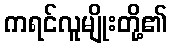
ကရင်လူမျိုးတို့၏